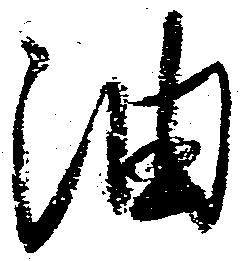
油